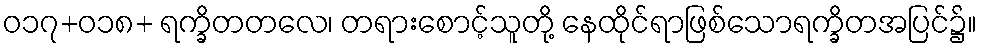
ဝ၁၇+ဝ၁၈+ ရက္ခိတတလေ၊ တရားစောင့်သူတို့ နေထိုင်ရာဖြစ်သောရက္ခိတအပြင်၌။